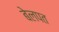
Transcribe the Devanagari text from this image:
बेलपत